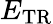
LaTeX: E_{\mathrm{TR}}